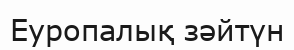
Еуропалық зәйтүн